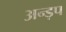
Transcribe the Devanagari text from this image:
अन्ड़प